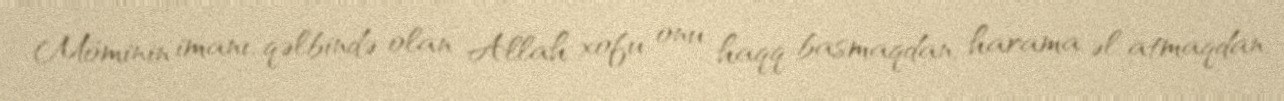
Möminin imanı, qəlbində olan Allah xofu onu haqq basmaqdan, harama əl atmaqdan,